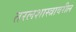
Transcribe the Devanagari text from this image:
तरलशास्त्रावरील